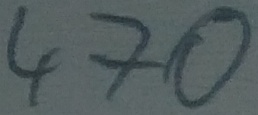
Text: 470